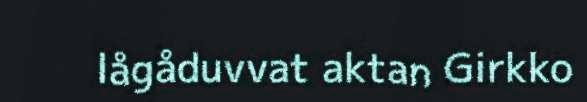
lågåduvvat aktan Girkko